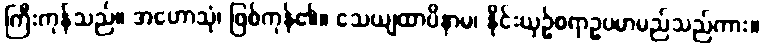
ကြီးကုန်သည်။ အဟောသုံ၊ ဖြစ်ကုန်၏။ သေယျထာပိနာမ၊ နိုင်းယှဉ်စရာဥပမာမည်သည်ကား။